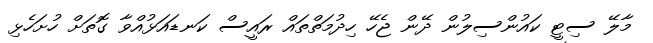
މާލޭ ސިޓީ ކައުންސިލުން ދޭން ޖެހޭ ހިދުމަތްތައް ރައީސް ކަނޑައަޅުއްވާ ގޮތަށް ހުށަހެޅި